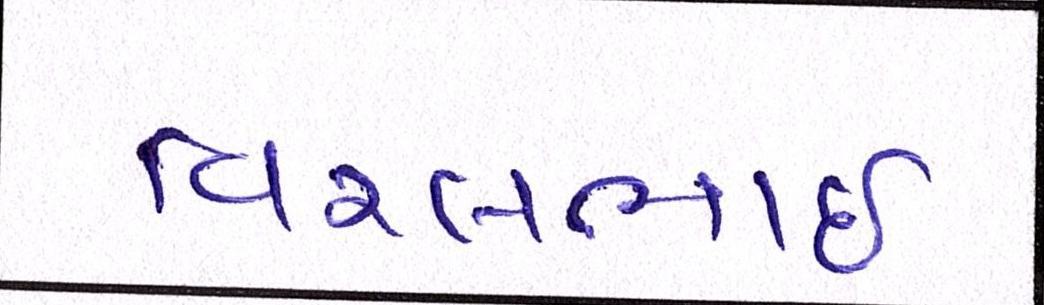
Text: વિરલભાઇ